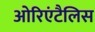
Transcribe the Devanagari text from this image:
ओरिएंटैलिस